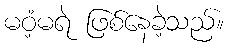
မဝံ့မရဲ ဖြစ်နေခဲ့သည်။